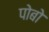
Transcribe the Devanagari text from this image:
पोबो